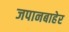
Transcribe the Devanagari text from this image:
जपानबाहेर